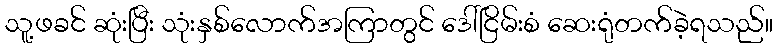
သူ့ဖခင် ဆုံးပြီး သုံးနှစ်လောက်အကြာတွင် ဒေါ်ငြိမ်းစံ ဆေးရုံတက်ခဲ့ရသည်။